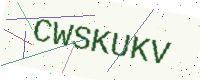
Text: CWSKUKV